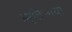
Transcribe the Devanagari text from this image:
स्मृतिछाया